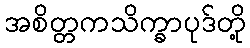
အစိတ္တကသိက္ခာပုဒ်တို့